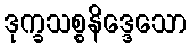
ဒုက္ခသစ္စနိဒ္ဒေသော